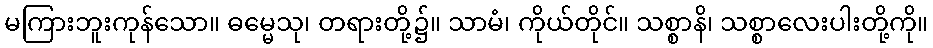
မကြားဘူးကုန်သော။ ဓမ္မေသု၊ တရားတို့၌။ သာမံ၊ ကိုယ်တိုင်။ သစ္စာနိ၊ သစ္စာလေးပါးတို့ကို။